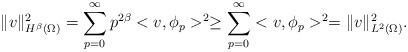
LaTeX: \begin{align*}\|v\|^2_{H^\beta(\Omega)}= \sum_{p=0}^\infty p^{2\beta} <v, \phi_p>^2 \ge \sum_{p=0}^\infty <v, \phi_p>^2 = \|v\|^2_{L^2(\Omega)}.\end{align*}